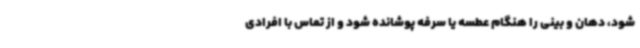
شود، دهان و بینی را هنگام عطسه یا سرفه پوشانده شود و از تماس با افرادی